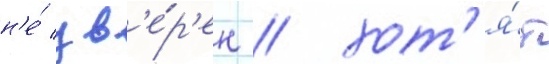
н'е́ ув'е́р'ен / хот'я́т